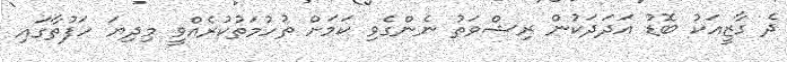
ދެ ގާޒީއަކު ބޮޑު އަދަދަކުން ރިޝްވަތު ނެންގެވި ކަމަށް ތުހުމަތުކުރެއްވީ މިދިޔަ ހަފުތާގައި